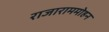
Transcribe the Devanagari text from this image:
राजाराममोहन